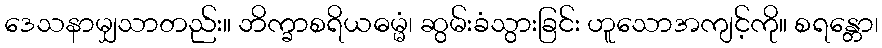
ဒေသနာမျှသာတည်း။ ဘိက္ခာစရိယဓမ္မံ၊ ဆွမ်းခံသွားခြင်း ဟူသောအကျင့်ကို။ စရန္တော၊